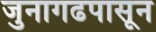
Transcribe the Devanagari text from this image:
जुनागढपासून